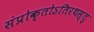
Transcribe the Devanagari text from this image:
संप्रोक्तोऽतिरथस्तु